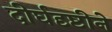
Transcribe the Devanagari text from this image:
दीर्घदृष्टीने